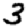
Digit: 3